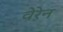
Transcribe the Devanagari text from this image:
वेरेन